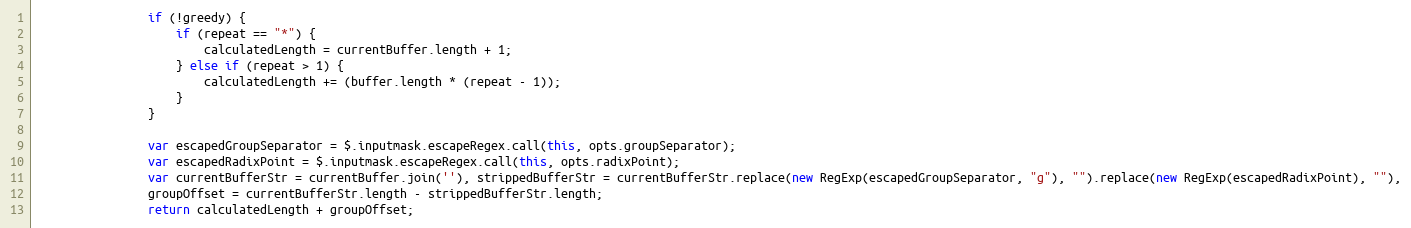
Language: JavaScript
                if (!greedy) {
                    if (repeat == "*") {
                        calculatedLength = currentBuffer.length + 1;
                    } else if (repeat > 1) {
                        calculatedLength += (buffer.length * (repeat - 1));
                    }
                }

                var escapedGroupSeparator = $.inputmask.escapeRegex.call(this, opts.groupSeparator);
                var escapedRadixPoint = $.inputmask.escapeRegex.call(this, opts.radixPoint);
                var currentBufferStr = currentBuffer.join(''), strippedBufferStr = currentBufferStr.replace(new RegExp(escapedGroupSeparator, "g"), "").replace(new RegExp(escapedRadixPoint), ""),
                groupOffset = currentBufferStr.length - strippedBufferStr.length;
                return calculatedLength + groupOffset;